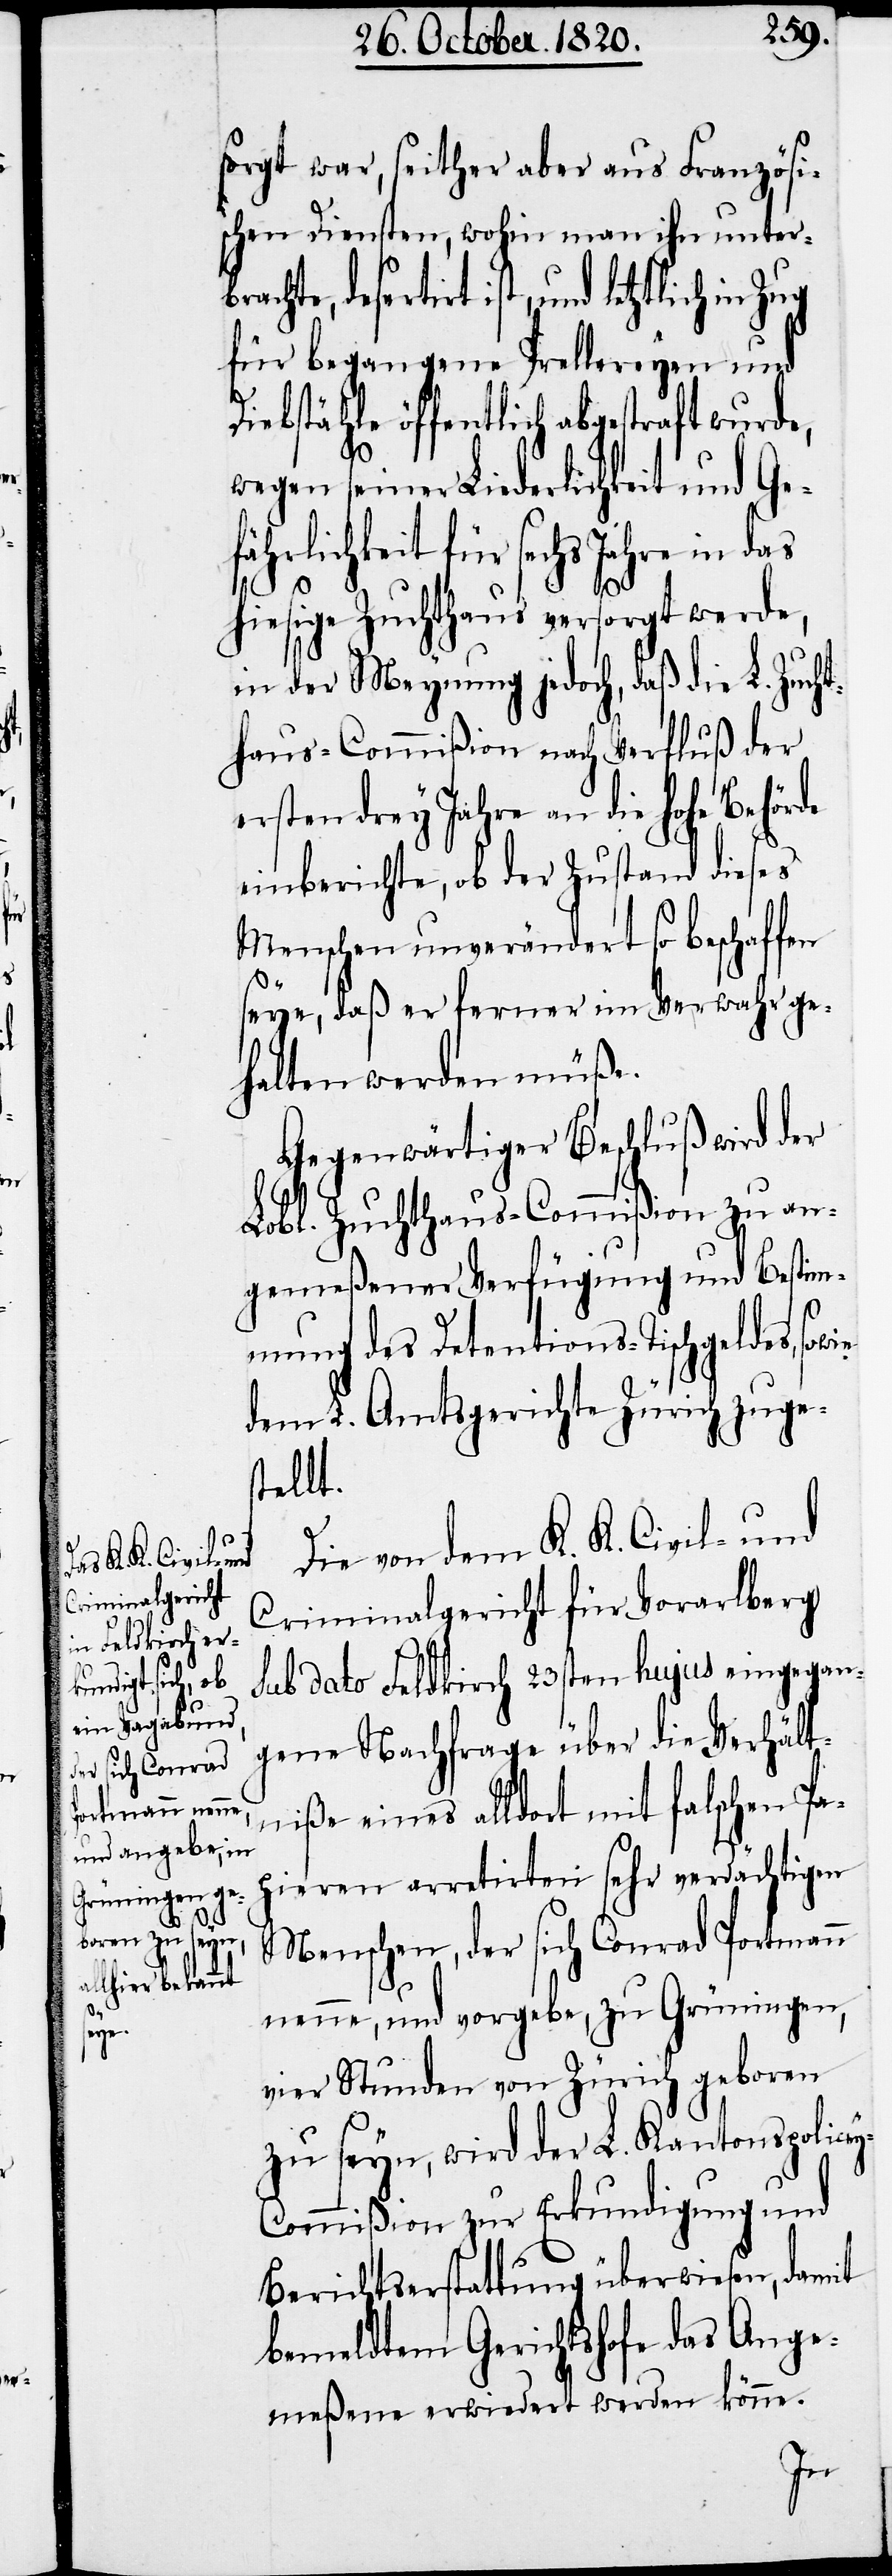
fä¬

sorgt war, seither aber aus Französi¬
schen Diensten, wohin man ihn unter¬
achte, desertirt ist, und letztlich in
für begangene Prellereyen und
Diebstähle öffentlich abgestraft wurde,
wegen seiner Liederlichkeit und Ge¬
hrlichkeit für sechs Jahre in
Hiesige Zuchthaus versorgt werde,
in der Meynung jedoch, daß die L. Zuch¬
thaus-Commißion nach Verfluß der
ersten drey Jahre an die hohe Behörde
einberichte, ob der Zustand dieses
Menschen unverändert so beschaffen
seye, daß er ferner im Verwahr ge¬
halten werden müße.
Gegenwärtiger Beschluß wird der
Lobl. Zuchthaus-Commißion zu an¬
gemeßener Verfügung und Bestim¬
mung des Detentions-Tischgeldes,
dem L. Amtsgerichte Zürich zuge¬
stellt.
Die von dem K. K. Civil- und
Criminalgericht für Vorarlberg
sub dato Feldkirch 23sten hujus eingegan¬
gene Nachfrage über die Verhält¬
niße eines alldort mit falschen Pa¬
pieren arretirten sehr verdächtigen
Menschen, der sich Conrad Portmann
nenne, und vorgebe, zu Grüningen,
vier Stunden von Zürich geboren
zu seyn, wird der L. Kantonspolice¬
y-Commißion zur Erkundigung und
Berichtserstattung überwiesen, damit
bemeldtem Gerichtshofe das Ange¬
meßene erwiedert werden könne.